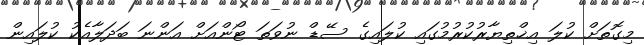
މިގޮތަށް ކުލަ އިޚްތިޔާރުކުރުމުގައި ކުލައިގެ ސޭޑް ނުވަތަ ޓޯންއަށް އަންނަ ބަދަލާއެކު ކުލައިން